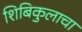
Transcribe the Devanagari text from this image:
शिबिकुलाचा